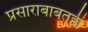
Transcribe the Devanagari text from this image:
प्रसाराबाबतही